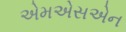
એમએસએન